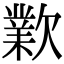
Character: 㱉